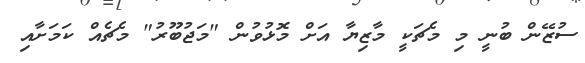
ސުޒޭން ބުނީ މި މެޗަކީ މާޒިޔާ އަށް މޮޅުވުން "މަޖުބޫރު" މެޗެއް ކަމަށާއި